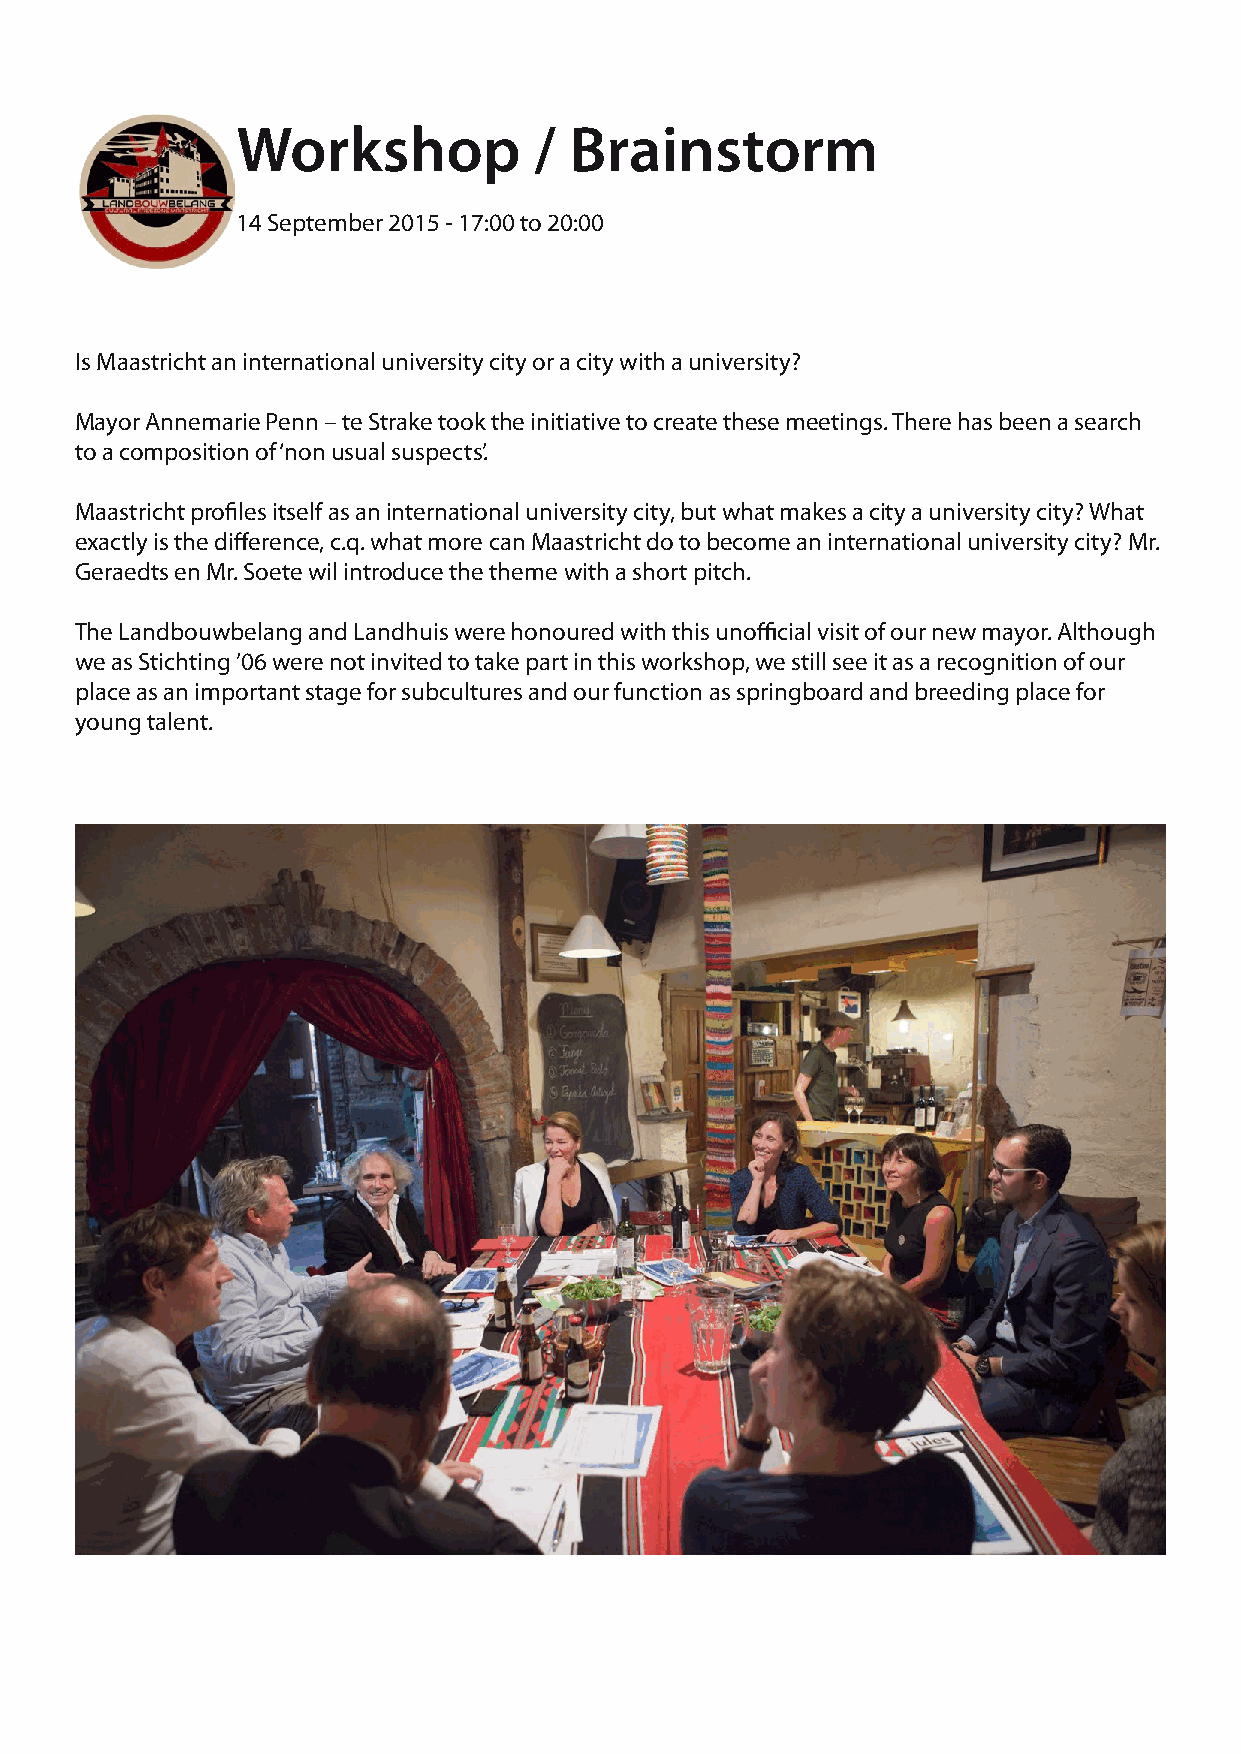
Workshop           /  Brainstorm
 14 September 2015 - 17:00 to 20:00
 Is Maastricht an international university city or a city with a university?
 Mayor Annemarie Penn – te Strake took the initiative to create these meetings. There has been a search
 to a composition of ‘non usual suspects’.
 Maastricht profiles itself as an international university city, but what makes a city a university city? What
 exactly is the difference, c.q. what more can Maastricht do to become an international university city? Mr.
 Geraedts en Mr. Soete wil introduce the theme with a short pitch.
 The Landbouwbelang and Landhuis were honoured with this unofficial visit of our new mayor. Although
 we as Stichting ’06 were not invited to take part in this workshop, we still see it as a recognition of our
 place as an important stage for subcultures and our function as springboard and breeding place for
 young talent.